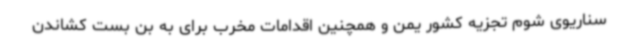
سناریوی شوم تجزیه کشور یمن و همچنین اقدامات مخرب برای به بن بست کشاندن